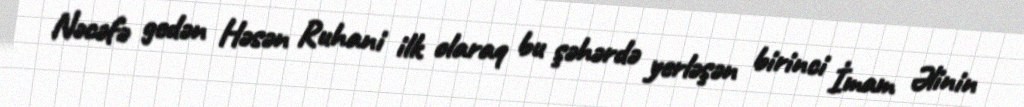
Nəcəfə gedən Həsən Ruhani ilk olaraq bu şəhərdə yerləşən birinci İmam Əlinin